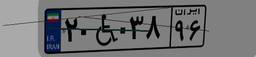
۲۰W۰۳۸۹۶